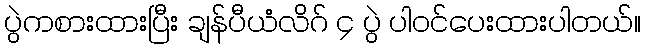
ပွဲကစားထားပြီး ချန်ပီယံလိဂ် ၄ ပွဲ ပါဝင်ပေးထားပါတယ်။